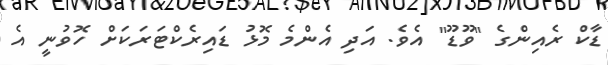
ޑާކް ރެއިންގެ "ވޫޑޫ" އެވެ. އަދި އެންމެ މޮޅު ޑައިރެކްޓަރަކަށް ހޮވުނީ އެ